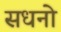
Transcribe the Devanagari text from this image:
सधनो